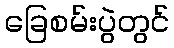
ခြေစမ်းပွဲတွင်